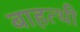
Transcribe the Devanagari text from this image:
बाहत्थी